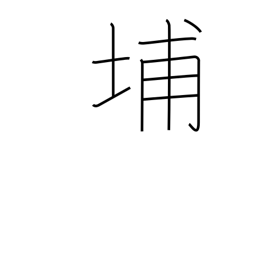
Meaning: used in Chinese place names